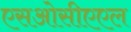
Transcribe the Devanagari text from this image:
एसओसीएएल